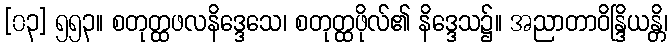
[၀၃] ၅၅၃။ စတုတ္ထဖလနိဒ္ဒေသေ၊ စတုတ္ထဖိုလ်၏ နိဒ္ဒေသ၌။ အညာတာဝိန္ဒြိယန္တိ၊